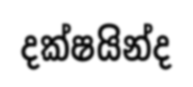
දක්ෂයින්ද